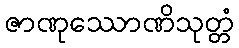
ဇာဏုဿောဏိသုတ္တံ